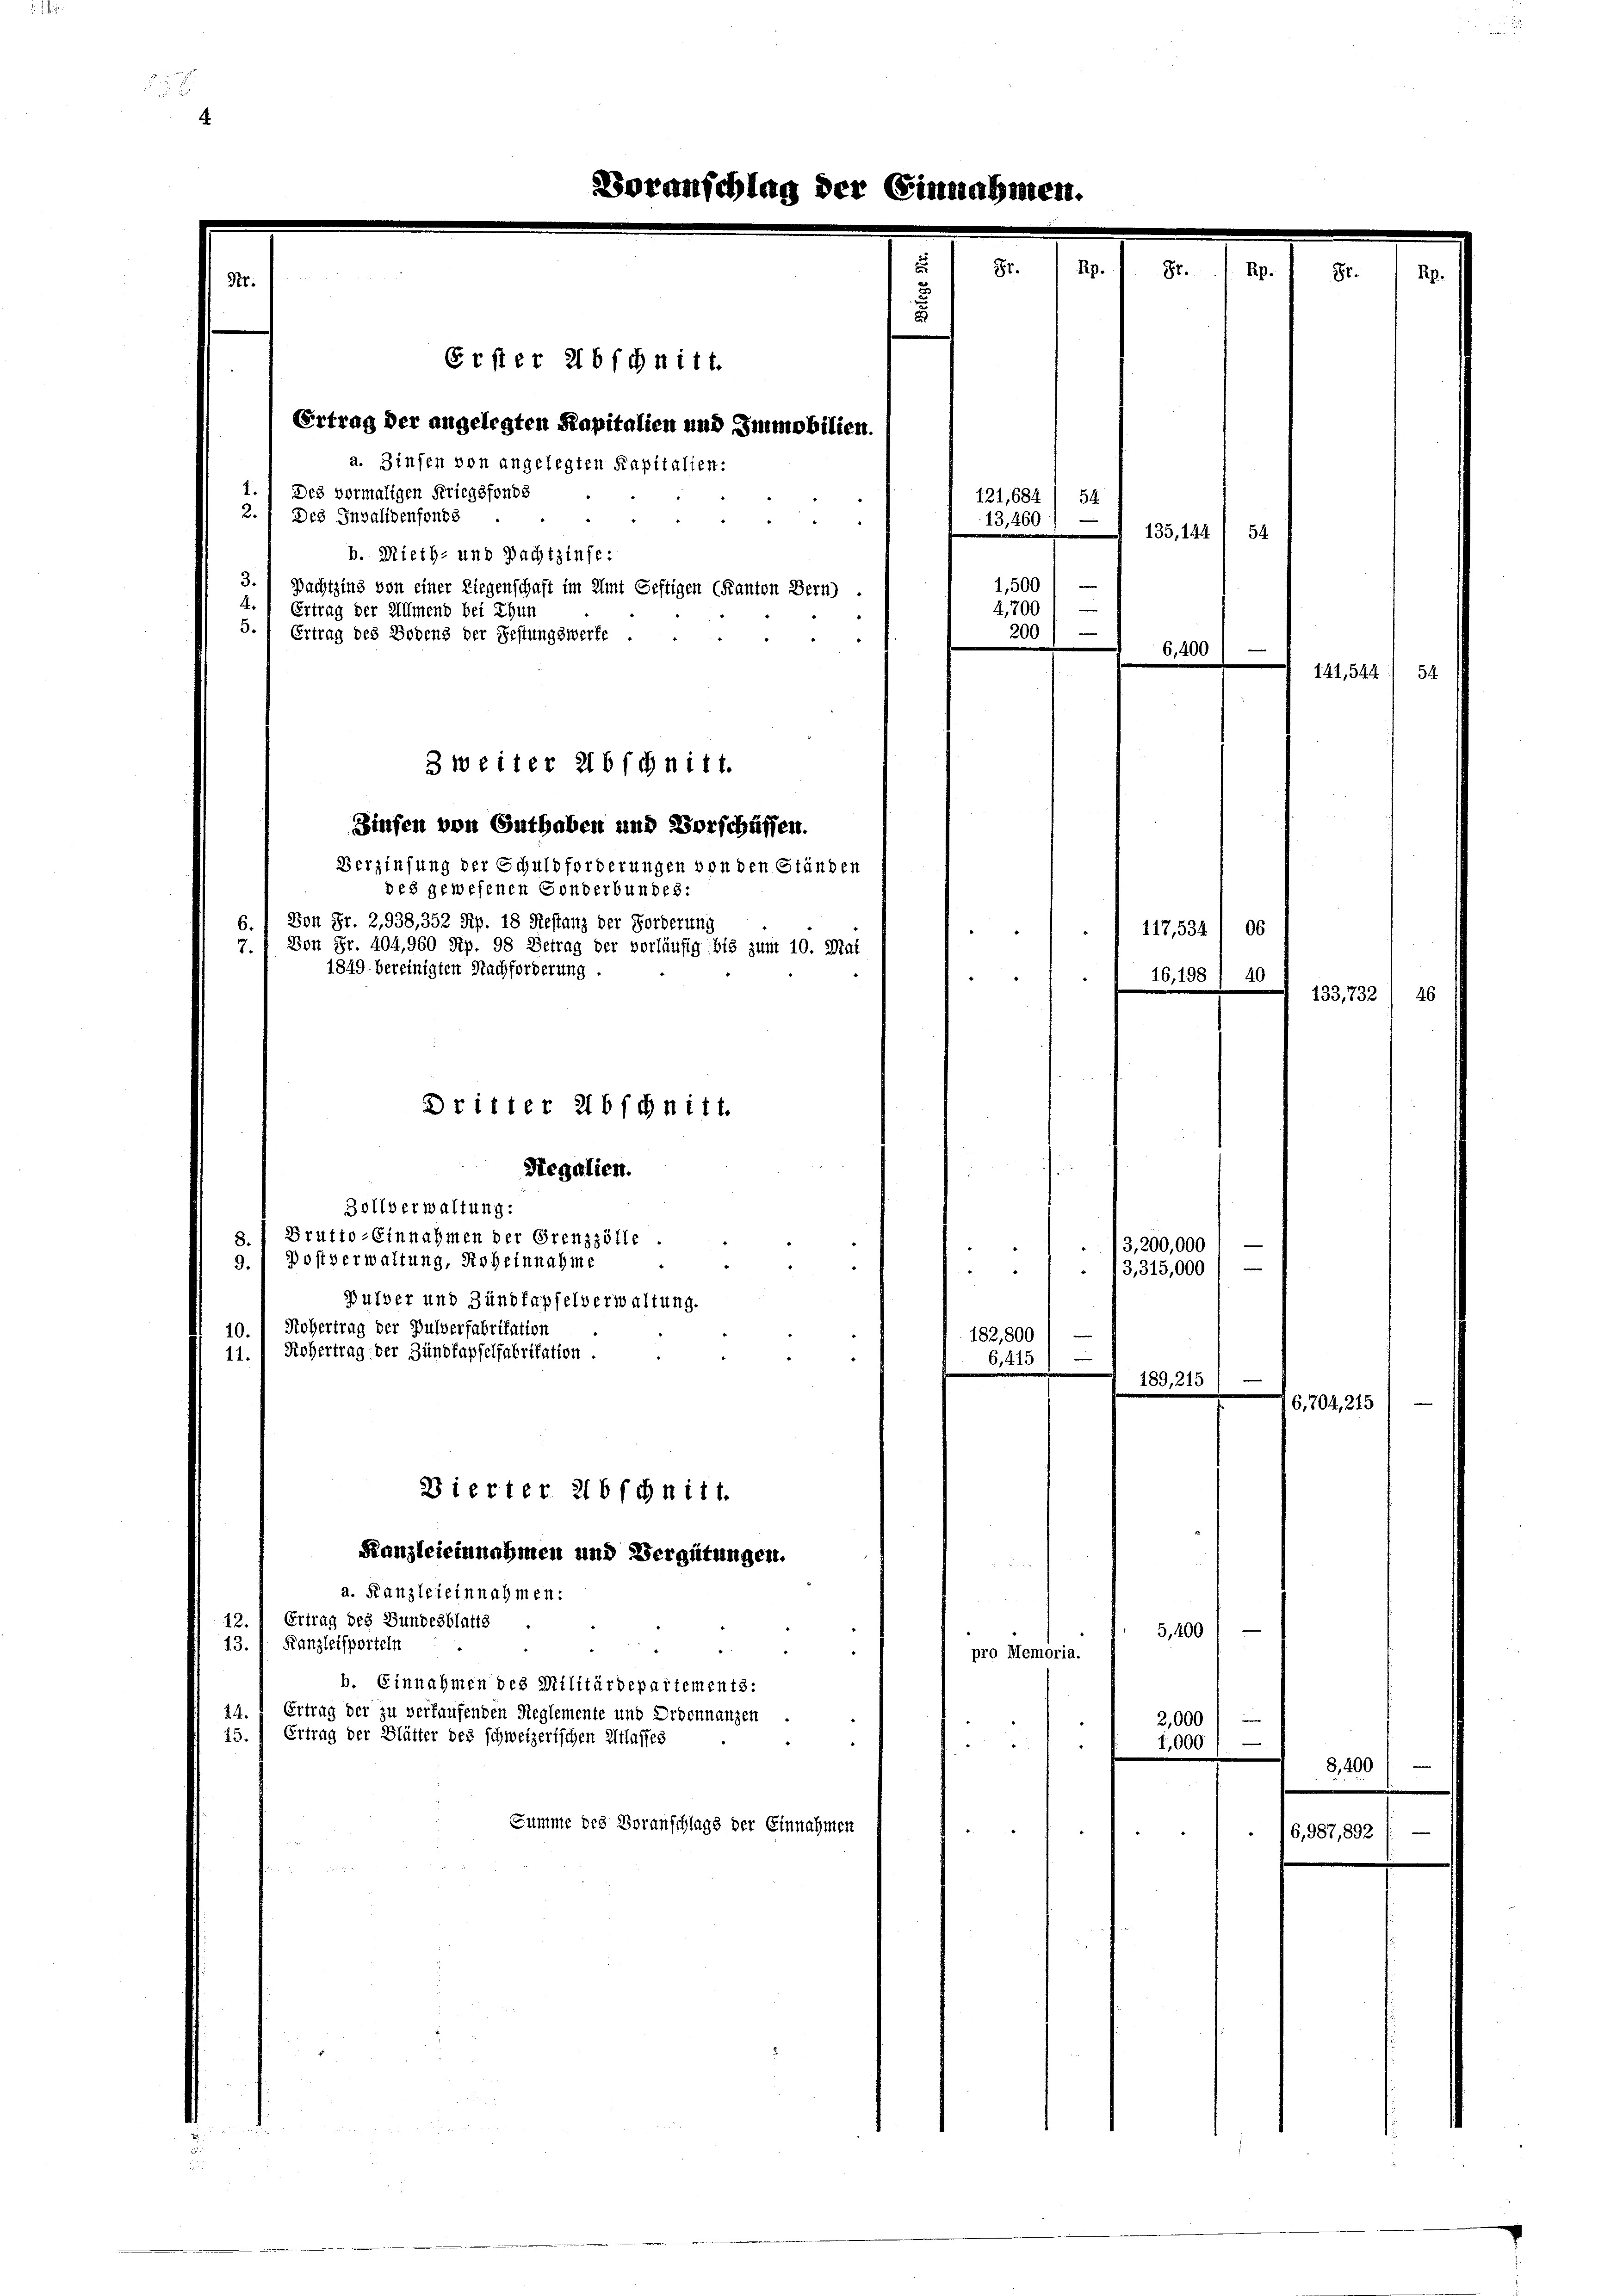
a. Zinsen von angelegten Kapitalien:
1.) Des vormaligen Kriegsfonds
2.
Des Invalidenfonds
b. Mieth- und Pachtzinfe:
3.
Ertrag der Allmend bei Thun
5.) Ertrag des Bodens der Festungswerfe
des gewesenen Gonderbundes:
Von Fr. 2,938, 352 Rp. 18 Restanz der Forderung
7.
1849 bereinigten Nachforderung .
Dritter abschnitt.
Regalien.
Zollverwaltung:
Brutto-Einnahmen der Grenzzölle
8.
13,200,000
9.
Postverwaltung, Roheinnahme
3
3,315,000
“
Pulver und Zündfapfelverwaltung.
10. „ Kobertrag der Pulverfabritation
182,800
11. Robertrag der Zündkapfelfabritation
6,415
e
189, 215
Dierter 216 schnitt.
Kanzleieinnahmen und Vergütungen.
a. Kanzleieinnahmen:
12. Ertrag des Bundesblatts
5,400
Kanzleisporteln
13
pro Memoria.
b. Einnahmen des Militärdepartements:
Ertrag der zu verkaufenden Reglemente und Ordonnanzen
24.
2,000
45. Ertrag der Blätter des schweizerischen Atlasses
1,000)
5
Summe des Voranschlags der Einnahmen

Voranschlag der Einnahmen.

Erster 216 schnitt.
Ertrag der angelegten Kapitalien und Immobilien.
121,684
54.
13,460
.
1,500 l —
Pachtzing von einer Liegenschaft im Amt Geftigen (Kanton Bern)
e
4,700
200
e
6,400
3 weiter Abschnitt.
Zinsen von Guthaben und Vorschüssen.
Verzinsung der Schuldforderungen von den Ständen
117,534/ 06
Von Fr. 404,960 Sip. 98 Betrag der vorläufig bis zum 10. Mai
16,198) 40

.

135, 144 / 54

141,544

133, 732.

6,704, 215

8,400

6,987,892

4

4